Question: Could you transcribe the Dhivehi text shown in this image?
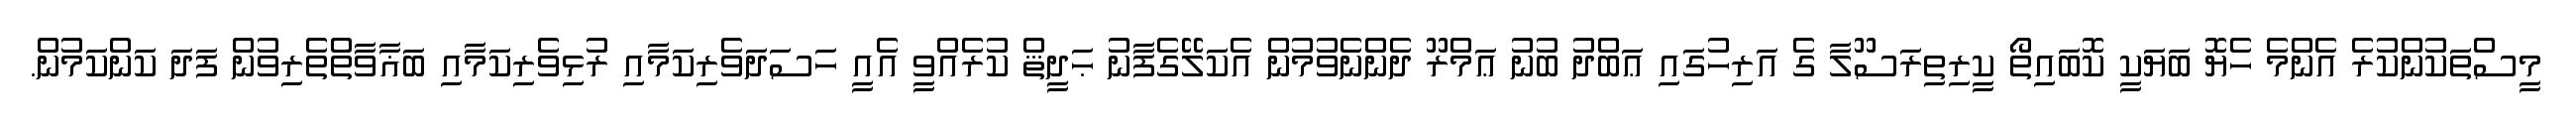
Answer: މީސްތަކުންކުރެ އެންމެ ހެޔޮ ބަޔަކީ ކޮބައިތޯ ކީރިތިރަސޫލާ ގެ އަރިހުގައި ޢަބްދު ބުނު ޢަމްރޫ ދެންނެވުމުން އެކަލޭގެފާނު ޙަދީޘް ކުރެއްވީ އެއީ ހަސަދަވެރިކަމާއި ރުޅިވެރިކަމާއި ބަޣާވާތްތެރިވުން ފަދަ ކަންކަމުން.